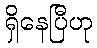
ရှိနေပြီဟု